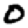
Digit: 0